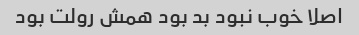
اصلا خوب نبود بد بود همش رولت بود